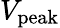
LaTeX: V_{\mathrm{peak}}